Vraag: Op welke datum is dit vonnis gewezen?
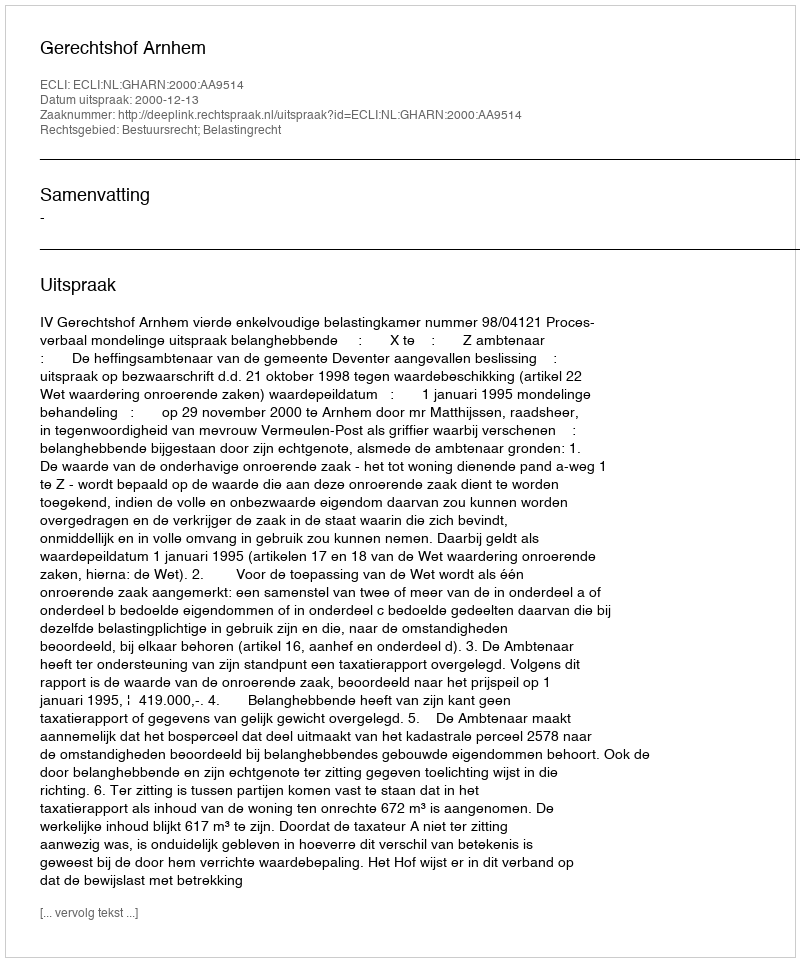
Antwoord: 2000-12-13